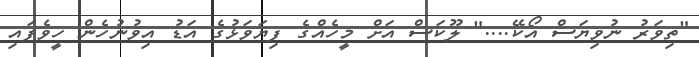
"ތިވަރު ނުވިޔަސް އޯކޭ...." ލޫކަސް އަށް މީހެއްގެ ފިޔަވަޅުގެ އަޑު އިވުނުހެން ހީވެފައި